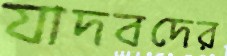
যাদবদের